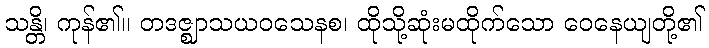
သန္တိ၊ ကုန်၏။ တဒဇ္ဈာသယဝသေနစ၊ ထိုသို့ဆုံးမထိုက်သော ဝေနေယျတို့၏